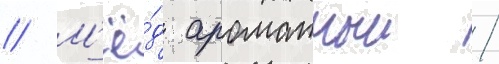
// М'ё́д ароматныи /